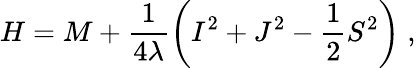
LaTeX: H=M+\frac{1}{4\lambda}\left(I^{2}+J^{2}-\frac{1}{2}S^{2}\right)\; ,